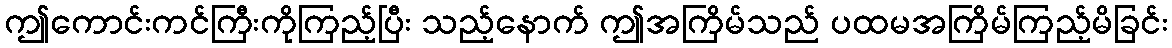
ဤကောင်းကင်ကြီးကိုကြည့်ပြီး သည့်နောက် ဤအကြိမ်သည် ပထမအကြိမ်ကြည့်မိခြင်း